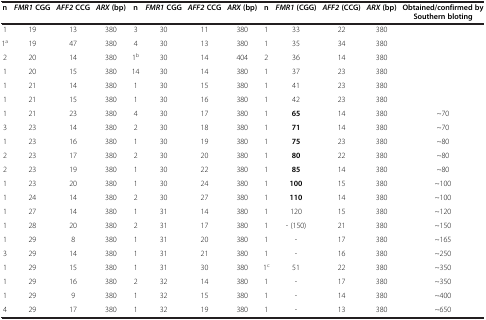
<table><thead><tr><td><b>n</b></td><td><b><i>FMR1</i>CGG</b></td><td><b><i>AFF2</i>CCG</b></td><td><b><i>ARX</i>(bp)</b></td><td><b>n</b></td><td><b><i>FMR1</i>CGG</b></td><td><b><i>AFF2</i>CCG</b></td><td><b><i>ARX</i>(bp)</b></td><td><b>n</b></td><td><b><i>FMR1</i>(CGG)</b></td><td><b><i>AFF2</i>(CCG)</b></td><td><b><i>ARX</i>(bp)</b></td><td><b>Obtained/confirmed by Southern bloting</b></td></tr></thead><tbody><tr><td>1</td><td>19</td><td>13</td><td>380</td><td>3</td><td>30</td><td>11</td><td>380</td><td>1</td><td>33</td><td>22</td><td>380</td><td> </td></tr><tr><td>1<sup>a</sup></td><td>19</td><td>47</td><td>380</td><td>4</td><td>30</td><td>13</td><td>380</td><td>1</td><td>35</td><td>34</td><td>380</td><td> </td></tr><tr><td>2</td><td>20</td><td>14</td><td>380</td><td>1<sup>b</sup></td><td>30</td><td>14</td><td>404</td><td>2</td><td>36</td><td>14</td><td>380</td><td> </td></tr><tr><td>1</td><td>20</td><td>15</td><td>380</td><td>14</td><td>30</td><td>14</td><td>380</td><td>1</td><td>37</td><td>23</td><td>380</td><td> </td></tr><tr><td>1</td><td>21</td><td>14</td><td>380</td><td>1</td><td>30</td><td>15</td><td>380</td><td>1</td><td>41</td><td>23</td><td>380</td><td> </td></tr><tr><td>1</td><td>21</td><td>15</td><td>380</td><td>1</td><td>30</td><td>16</td><td>380</td><td>1</td><td>42</td><td>23</td><td>380</td><td> </td></tr><tr><td>1</td><td>21</td><td>23</td><td>380</td><td>4</td><td>30</td><td>17</td><td>380</td><td>1</td><td><b>65</b></td><td>14</td><td>380</td><td>~70</td></tr><tr><td>3</td><td>23</td><td>14</td><td>380</td><td>2</td><td>30</td><td>18</td><td>380</td><td>1</td><td><b>71</b></td><td>14</td><td>380</td><td>~70</td></tr><tr><td>1</td><td>23</td><td>16</td><td>380</td><td>1</td><td>30</td><td>19</td><td>380</td><td>1</td><td><b>75</b></td><td>23</td><td>380</td><td>~80</td></tr><tr><td>2</td><td>23</td><td>17</td><td>380</td><td>2</td><td>30</td><td>20</td><td>380</td><td>1</td><td><b>80</b></td><td>22</td><td>380</td><td>~80</td></tr><tr><td>2</td><td>23</td><td>19</td><td>380</td><td>1</td><td>30</td><td>22</td><td>380</td><td>1</td><td><b>85</b></td><td>14</td><td>380</td><td>~80</td></tr><tr><td>1</td><td>23</td><td>20</td><td>380</td><td>1</td><td>30</td><td>24</td><td>380</td><td>1</td><td><b>100</b></td><td>15</td><td>380</td><td>~100</td></tr><tr><td>1</td><td>24</td><td>14</td><td>380</td><td>2</td><td>30</td><td>27</td><td>380</td><td>1</td><td><b>110</b></td><td>14</td><td>380</td><td>~100</td></tr><tr><td>1</td><td>27</td><td>14</td><td>380</td><td>1</td><td>31</td><td>14</td><td>380</td><td>1</td><td>120</td><td>15</td><td>380</td><td>~120</td></tr><tr><td>1</td><td>28</td><td>20</td><td>380</td><td>2</td><td>31</td><td>17</td><td>380</td><td>1</td><td>- (150)</td><td>21</td><td>380</td><td>~150</td></tr><tr><td>1</td><td>29</td><td>8</td><td>380</td><td>1</td><td>31</td><td>20</td><td>380</td><td>1</td><td>-</td><td>17</td><td>380</td><td>~165</td></tr><tr><td>3</td><td>29</td><td>14</td><td>380</td><td>1</td><td>31</td><td>21</td><td>380</td><td>1</td><td>-</td><td>16</td><td>380</td><td>~250</td></tr><tr><td>1</td><td>29</td><td>15</td><td>380</td><td>1</td><td>31</td><td>30</td><td>380</td><td>1<sup>c</sup></td><td>51</td><td>22</td><td>380</td><td>~350</td></tr><tr><td>1</td><td>29</td><td>16</td><td>380</td><td>2</td><td>32</td><td>14</td><td>380</td><td>1</td><td>-</td><td>17</td><td>380</td><td>~350</td></tr><tr><td>1</td><td>29</td><td>9</td><td>380</td><td>1</td><td>32</td><td>15</td><td>380</td><td>1</td><td>-</td><td>14</td><td>380</td><td>~400</td></tr><tr><td>4</td><td>29</td><td>17</td><td>380</td><td>1</td><td>32</td><td>19</td><td>380</td><td>1</td><td>-</td><td>13</td><td>380</td><td>~650</td></tr></tbody></table>